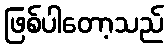
ဖြစ်ပါတော့သည်